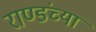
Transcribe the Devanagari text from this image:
राण्डंच्या